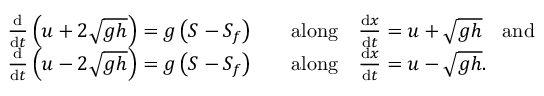
{ \begin{array} { r l r l } & { { \frac { \mathrm { d } } { \mathrm { d } t } } \left( u + 2 { \sqrt { g h } } \right) = g \left( S - S _ { f } \right) } & & { { \mathrm { a l o n g } } \quad { \frac { \mathrm { d } x } { \mathrm { d } t } } = u + { \sqrt { g h } } \quad { \mathrm { a n d } } } \\ & { { \frac { \mathrm { d } } { \mathrm { d } t } } \left( u - 2 { \sqrt { g h } } \right) = g \left( S - S _ { f } \right) } & & { { \mathrm { a l o n g } } \quad { \frac { \mathrm { d } x } { \mathrm { d } t } } = u - { \sqrt { g h } } . } \end{array} }